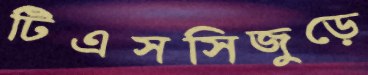
টিএসসিজুড়ে